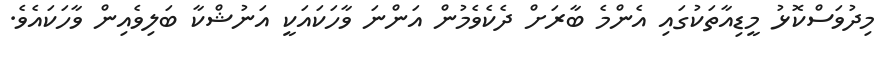
މިދުވަސްކޮޅު މީޑިއާތަކުގައި އެންމެ ބާރަށް ދެކެވެމުން އަންނަ ވާހަކައަކީ އަނުޝްކާ ބަލިވެއިން ވާހަކައެވެ.